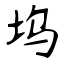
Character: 坞